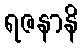
ရဇနာနိ